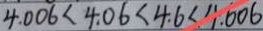
4 . 0 0 6 < 4 . 0 6 < 4 . 6 < 4 . 6 0 6